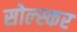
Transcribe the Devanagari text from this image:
सोल्स्कर